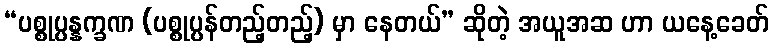
“ပစ္စုပ္ပန္နက္ခဏ (ပစ္စုပ္ပန်တည့်တည့်) မှာ နေတယ်” ဆိုတဲ့ အယူအဆ ဟာ ယနေ့ခေတ်